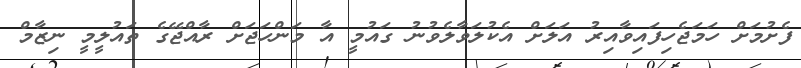
ފެށުމަށް ހަމަޖެހިފައިވާއިރު އަލަށް އެކުލަވާލެވުނު ގައުމީ އާ މަންހަޖަށް ރާއްޖޭގެ ތައުލީމީ ނިޒާމް